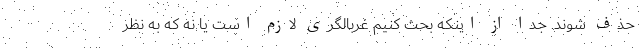
حذف شوند. جدا از اینکه بحث کنیم غربالگری لازم است یا نه که به نظر